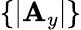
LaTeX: \{ |\mathbf{A}_{y}|\}